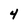
Character: 4